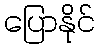
ပြောနိုင်